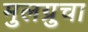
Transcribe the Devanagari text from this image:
मुलग्रुचा